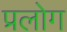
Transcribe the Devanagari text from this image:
प्रलोग